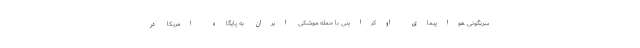
سرنگونی هواپیمای اوکراینی با حمله موشکی ایران به پایگاه امریکا در